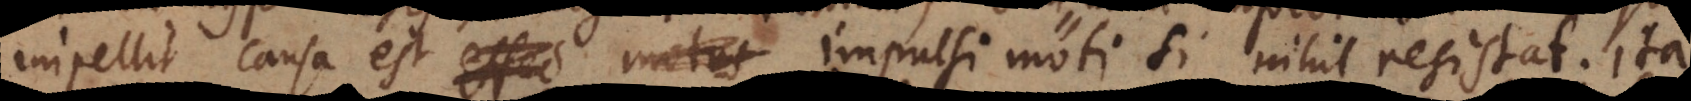
impellit causa est effec motus impulsi moti, si nihil resistat. Ita